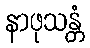
နာဖုသန္တံ